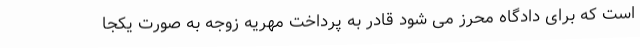
است که برای دادگاه محرز می شود قادر به پرداخت مهریه زوجه به صورت یکجا